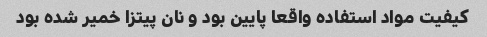
کیفیت مواد استفاده واقعا پایین بود و نان پیتزا خمیر شده بود